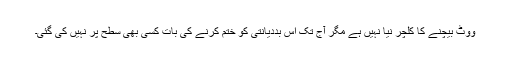
ووٹ بیچنے کا کلچر نیا نہیں ہے مگر آج تک اس بددیانتی کو ختم کرنے کی بات کسی بھی سطح پر نہیں کی گئی۔